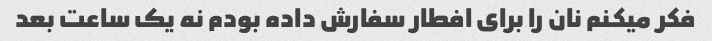
فکر میکنم نان را برای افطار سفارش داده بودم نه یک ساعت بعد